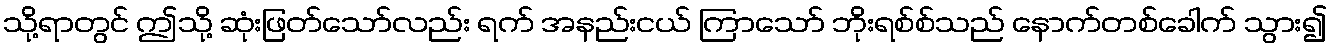
သို့ရာတွင် ဤသို့ ဆုံးဖြတ်သော်လည်း ရက် အနည်းငယ် ကြာသော် ဘိုးရစ်စ်သည် နောက်တစ်ခေါက် သွား၍